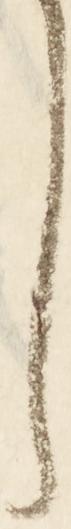
し